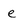
Character: e